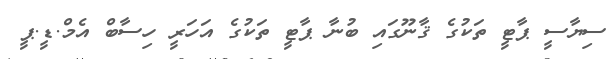
ސިޔާސީ ޕާޓީ ތަކުގެ ޤާނޫގައި ބުނާ ޕާޓީ ތަކުގެ އަހަރީ ހިސާބް އެމް.ޑީ.ޕީ